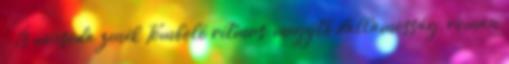
- És micsoda zenék Tomboló ritmus, megejtő dallamosság, román